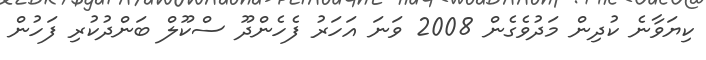
ކިޔަވާނެ ކުދިން މަދުވެގެން 2008 ވަނަ އަހަރު ފެހެންދޫ ސްކޫލް ބަންދުކުރި ފަހުން